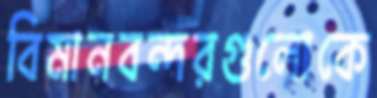
বিমানবন্দরগুলোকে